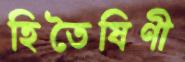
হিতৈষিণী